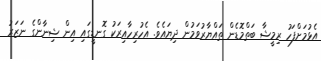
އެޅުމަށްފަހު ރިމީޝާ ބަތްމޮޑެން ތައްޔާރުވަމުން ދިޔައެވެ. އެހުރިހާއިރަކު ގޮނޑީގައި އިން ޝިނާންގެ ނަޒަރު